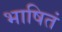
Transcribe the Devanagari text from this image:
भाषितं